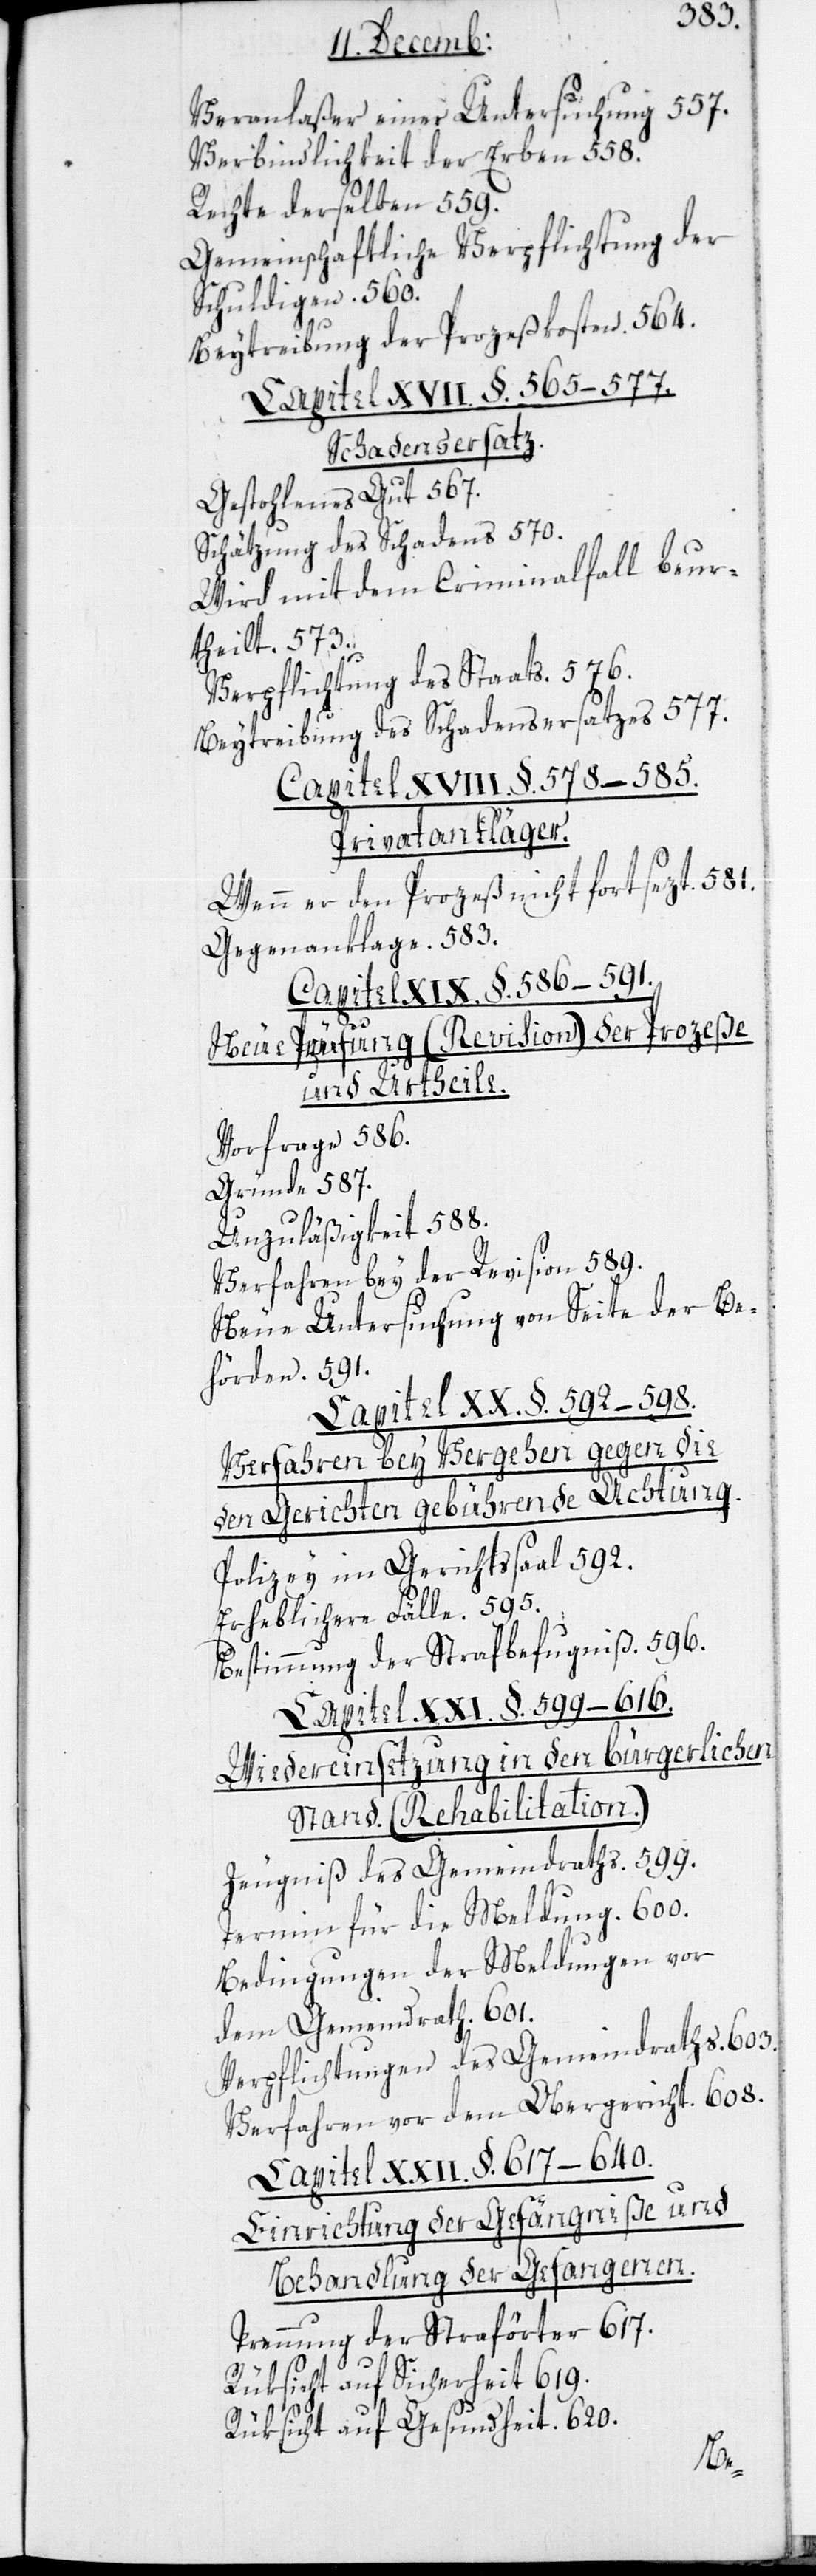
Veranlaßer einer Untersuchung. 557.
Verbindlichkeit der Erben. 558.
Rechte derselben. 559.
Gemeinschaftliche Verpflichtung der
Schuldigen. 560.
Beybringung der Prozeßkosten. 564.
Schadensersatz.
Gestohlenes Gut. 567.
Schätzung des Schadens 570.
Wird mit dem Criminalfall beur¬
theilt. 573.
Verpflichtung des Staats. 576.
Beybringung des Schadensersatzes 577.
Capitel XVIII. §. 578–585.
Privatankläger.
Wenn er den Prozeß nicht fortsezt. 581.
Gegenanklage. 583.
Capitel XIX. §. 586–591.
Neue Prüfung (Revision) der Prozeße
und Urtheile.
Vorfrage 586.
Gründe. 587.
Unzuläßigkeit. 588.
Verfahren bey der Revision. 589.
Neue Untersuchung von Seite der Be¬
hörde. 591.
Capitel XX. §. 592–598.
Verfahren bey Vergehen gegen die
den Gerichten gebührende Achtung.
Polizey im Gerichtssaal. 592.
Erheblichere Fälle. 595.
Bestimmung der Strafbefugniß. 596.
Capitel XXI. §. 599–616.
Wiedereinsetzung in den bürgerlichen
Stand. (Rehabilitation.)
Zeugniß des Gemeindrathes. 599.
Termin für die Meldung. 600.
Bedingungen der Meldungen vor
dem Gemeindrath. 601.
Verpflichtungen des Gemeindraths. 603.
Verfahren vor dem Obergericht. 608.
Capitel XXII. §. 617–640.
Einrichtung der Gefängniße und
Behandlung der Gefangenen.
Trennung der Straförter 617.
Rüksicht auf Sicherheit. 619.
Rüksicht auf Gesundheit. 620.